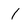
Character: 1